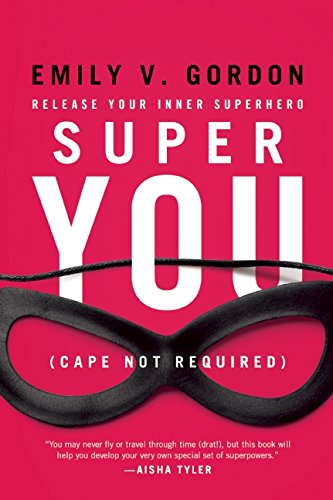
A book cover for Super You: Release Your Inner Superhero; Emily V. Gordon; Self-Help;